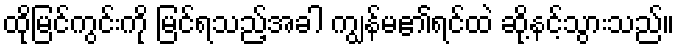
ထိုမြင်ကွင်းကို မြင်ရသည့်အခါ ကျွန်မ၏ရင်ထဲ ဆို့နင့်သွားသည်။